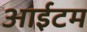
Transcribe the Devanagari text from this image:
आईटम